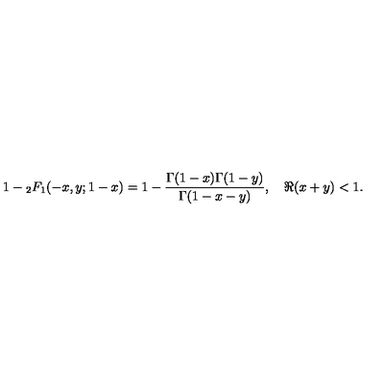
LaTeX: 1 - { } _ { 2 } F _ { 1 } ( - x , y ; 1 - x ) = 1 - \frac { \Gamma ( 1 - x ) \Gamma ( 1 - y ) } { \Gamma ( 1 - x - y ) } , \quad \Re ( x + y ) < 1 .